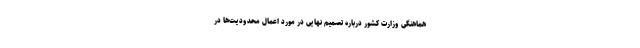
هماهنگی وزارت کشور درباره تصمیم نهایی در مورد اعمال محدودیت‌ها در